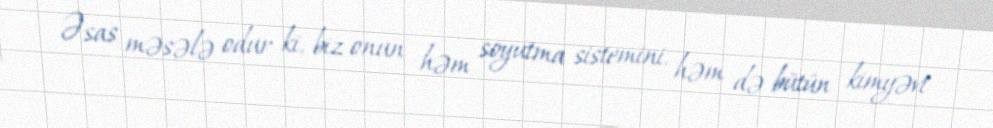
Əsas məsələ odur ki, biz onun həm soyutma sistemini, həm də bütün kimyəvi